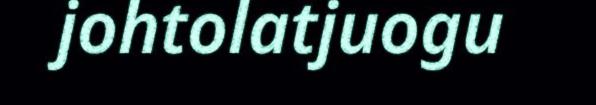
johtolatjuogu